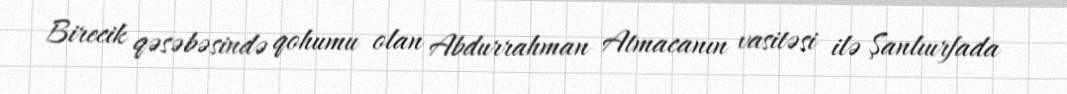
Birecik qəsəbəsində qohumu olan Abdurrahman Atmacanın vasitəsi ilə Şanlıurfada